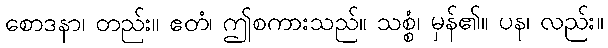
စောဒနာ၊ တည်း။ ဧတံ၊ ဤစကားသည်။ သစ္စံ၊ မှန်၏။ ပန၊ လည်း။